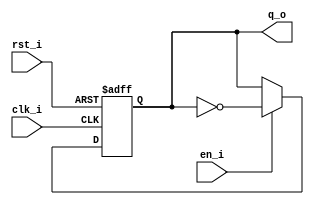
// Name: .v
//
// Description: 

module ff_toggle  (
  input  clk_i,
  input  rst_i,
  input  en_i,
  output q_o
);

  reg  reg_q;
  wire reg_d;

  assign reg_d = (en_i) ? ~reg_q : reg_q;

  always @(posedge clk_i, posedge rst_i) begin
    if (rst_i)
      reg_q <= 1'b0;
    else
      reg_q <= reg_d;
  end

  assign q_o = reg_q;

endmodule